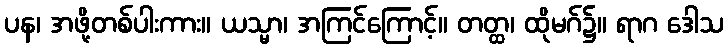
ပန၊ အဖို့တစ်ပါးကား။ ယသ္မာ၊ အကြင်ကြောင့်။ တတ္ထ၊ ထိုမဂ်၌။ ရာဂ ဒေါသ